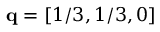
\mathbf { q } = [ 1 / 3 , 1 / 3 , 0 ]